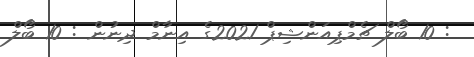
: 10 ބޯލް ޗެމްޕިއަންޝިޕް 2021ގެ އިނާމް ދިނުން : 10 ބޯލް